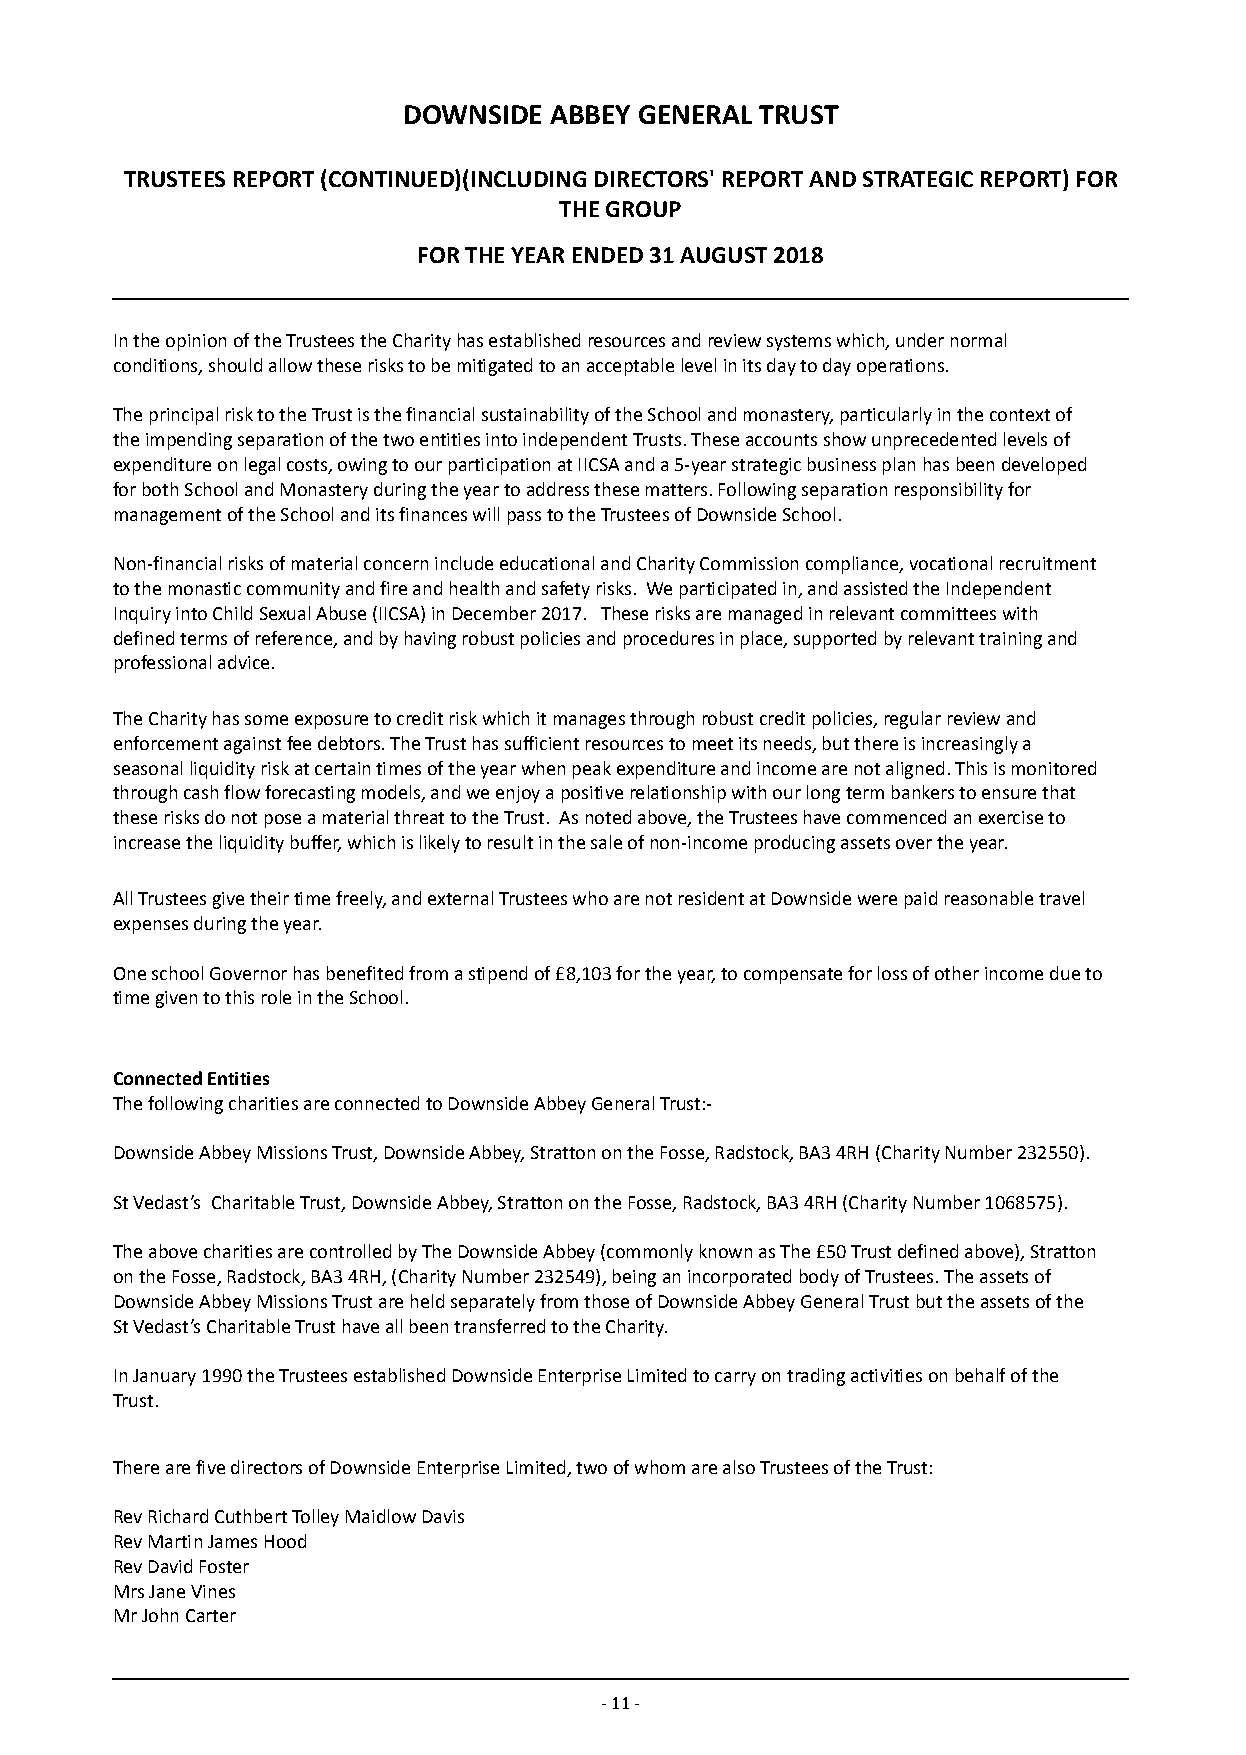
DOWNSIDE ABBEY GENERAL TRUST
 TRUSTEES REPORT (CONTINUED)(INCLUDING DIRECTORS' REPORT AND STRATEGIC REPORT) FOR
 THE GROUP
 FOR THE YEAR ENDED 31 AUGUST 2018
 In the opinion of the Trustees the Charity has established resources and review systems which, under normal
 conditions, should allow these risks to be mitigated to an acceptable level in its day to day operations.
 The principal risk to the Trust is the financial sustainability of the School and monastery, particularly in the context of
 the impending separation of the two entities into independent Trusts. These accounts show unprecedented levels of
 expenditure on legal costs, owing to our participation at IICSA and a 5-year strategic business plan has been developed
 for both School and Monastery during the year to address these matters. Following separation responsibility for
 management of the School and its finances will pass to the Trustees of Downside School.
 Non-financial risks of material concern include educational and Charity Commission compliance, vocational recruitment
 to the monastic community and fire and health and safety risks. We participated in, and assisted the Independent
 Inquiry into Child Sexual Abuse (IICSA) in December 2017. These risks are managed in relevant committees with
 defined terms of reference, and by having robust policies and procedures in place, supported by relevant training and
 professional advice.
 The Charity has some exposure to credit risk which it manages through robust credit policies, regular review and
 enforcement against fee debtors. The Trust has sufficient resources to meet its needs, but there is increasingly a
 seasonal liquidity risk at certain times of the year when peak expenditure and income are not aligned. This is monitored
 through cash flow forecasting models, and we enjoy a positive relationship with our long term bankers to ensure that
 these risks do not pose a material threat to the Trust. As noted above, the Trustees have commenced an exercise to
 increase the liquidity buffer, which is likely to result in the sale of non-income producing assets over the year.
 All Trustees give their time freely, and external Trustees who are not resident at Downside were paid reasonable travel
 expenses during the year.
 One school Governor has benefited from a stipend of £8,103 for the year, to compensate for loss of other income due to
 time given to this role in the School.
 Connected Entities
 The following charities are connected to Downside Abbey General Trust:-
 Downside Abbey Missions Trust, Downside Abbey, Stratton on the Fosse, Radstock, BA3 4RH (Charity Number 232550).
 St Vedast’s Charitable Trust, Downside Abbey, Stratton on the Fosse, Radstock, BA3 4RH (Charity Number 1068575).
 The above charities are controlled by The Downside Abbey (commonly known as The £50 Trust defined above), Stratton
 on the Fosse, Radstock, BA3 4RH, (Charity Number 232549), being an incorporated body of Trustees. The assets of
 Downside Abbey Missions Trust are held separately from those of Downside Abbey General Trust but the assets of the
 St Vedast’s Charitable Trust have all been transferred to the Charity.
 In January 1990 the Trustees established Downside Enterprise Limited to carry on trading activities on behalf of the
 Trust.
 There are five directors of Downside Enterprise Limited, two of whom are also Trustees of the Trust:
 Rev Richard Cuthbert Tolley Maidlow Davis
 Rev Martin James Hood
 Rev David Foster
 Mrs Jane Vines
 Mr John Carter
 - 11 -